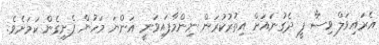
އެރައިވަލް ވިސާ ފީ ދެގުނައަށް އިތުރުކުރަން ނިންމާފައިވަނީ އަންނަ މަހުން ފެށިގެން ކަމަށެވެ.